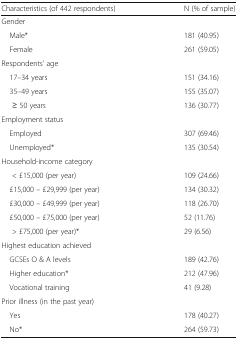
<table><thead><tr><td><b>Characteristics (of 442 respondents)</b></td><td><b>N (% of sample)</b></td></tr></thead><tbody><tr><td colspan="2">Gender</td></tr><tr><td> Male*</td><td>181 (40.95)</td></tr><tr><td> Female</td><td>261 (59.05)</td></tr><tr><td colspan="2">Respondents’ age</td></tr><tr><td> 17–34 years</td><td>151 (34.16)</td></tr><tr><td> 35–49 years</td><td>155 (35.07)</td></tr><tr><td>≥ 50 years</td><td>136 (30.77)</td></tr><tr><td colspan="2">Employment status</td></tr><tr><td> Employed</td><td>307 (69.46)</td></tr><tr><td> Unemployed*</td><td>135 (30.54)</td></tr><tr><td colspan="2">Household-income category</td></tr><tr><td>&lt; £15,000 (per year)</td><td>109 (24.66)</td></tr><tr><td> £15,000 – £29,999 (per year)</td><td>134 (30.32)</td></tr><tr><td> £30,000 – £49,999 (per year)</td><td>118 (26.70)</td></tr><tr><td> £50,000 – £75,000 (per year)</td><td>52 (11.76)</td></tr><tr><td>&gt; £75,000 (per year)*</td><td>29 (6.56)</td></tr><tr><td colspan="2">Highest education achieved</td></tr><tr><td> GCSEs O &amp; A levels</td><td>189 (42.76)</td></tr><tr><td> Higher education*</td><td>212 (47.96)</td></tr><tr><td> Vocational training</td><td>41 (9.28)</td></tr><tr><td colspan="2">Prior illness (in the past year)</td></tr><tr><td> Yes</td><td>178 (40.27)</td></tr><tr><td> No*</td><td>264 (59.73)</td></tr></tbody></table>